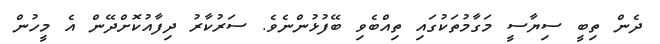
ދެން ތިބީ ސިޔާސީ މަގާމުތަކުގައި ތިއްބެވި ބޭފުުޅުންނެވެ. ސަރުކާރު ދިފާއުކޮށްދޭން އެ މީހުން